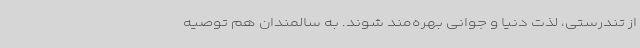
از تندرستی، لذت دنیا و جوانی بهره‌مند شوند. به سالمندان هم توصیه